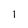
Character: I